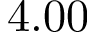
4 . 0 0